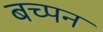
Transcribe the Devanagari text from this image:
बच्पन